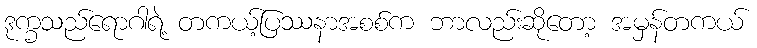
ဒုက္ခသည်ရောဂါရဲ့ တကယ့်ပြဿနာအစစ်က ဘာလည်းဆိုတော့ အမှန်တကယ်